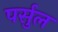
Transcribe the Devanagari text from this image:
पर्सुल